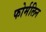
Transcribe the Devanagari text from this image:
फोर्मलिन